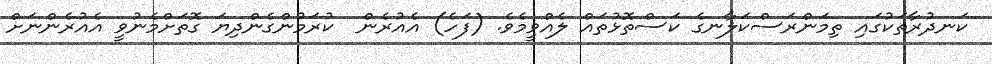
ކަނދުރާތަކުގައި ތިމަންރަސްކަލާނގެ ކަސްތޮޅުތައް ލެއްވީމެވެ. (ފަހެ) އެއުރެން  ކުރަމުންގެންދިޔަ ގޮތަށްމެނުވީ އެއުރެންނަށް